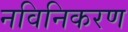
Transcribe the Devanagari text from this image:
नविनिकरण